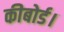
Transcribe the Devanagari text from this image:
कीबोर्ड।